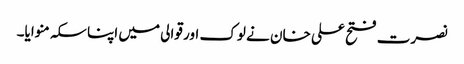
نصرت فتح علی خان نے لوک اور قوالی میں اپنا سکہ منوایا۔